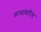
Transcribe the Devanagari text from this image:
कामांवरील